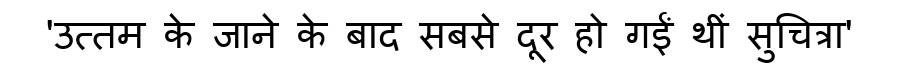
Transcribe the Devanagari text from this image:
'उत्तम के जाने के बाद सबसे दूर हो गईं थीं सुचित्रा'